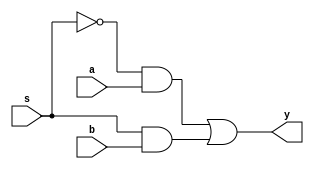
///////////////////////////////////////////
/// Design  : 2x1 Multiplexer
/// College	: Anna University, MIT campus
///////////////////////////////////////////

module Mux1(y,s,a,b);
input a,b,s;
output y;
assign y = ((~s)&a) | (s&b);
endmodule